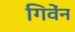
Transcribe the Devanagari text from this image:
गिवेंन